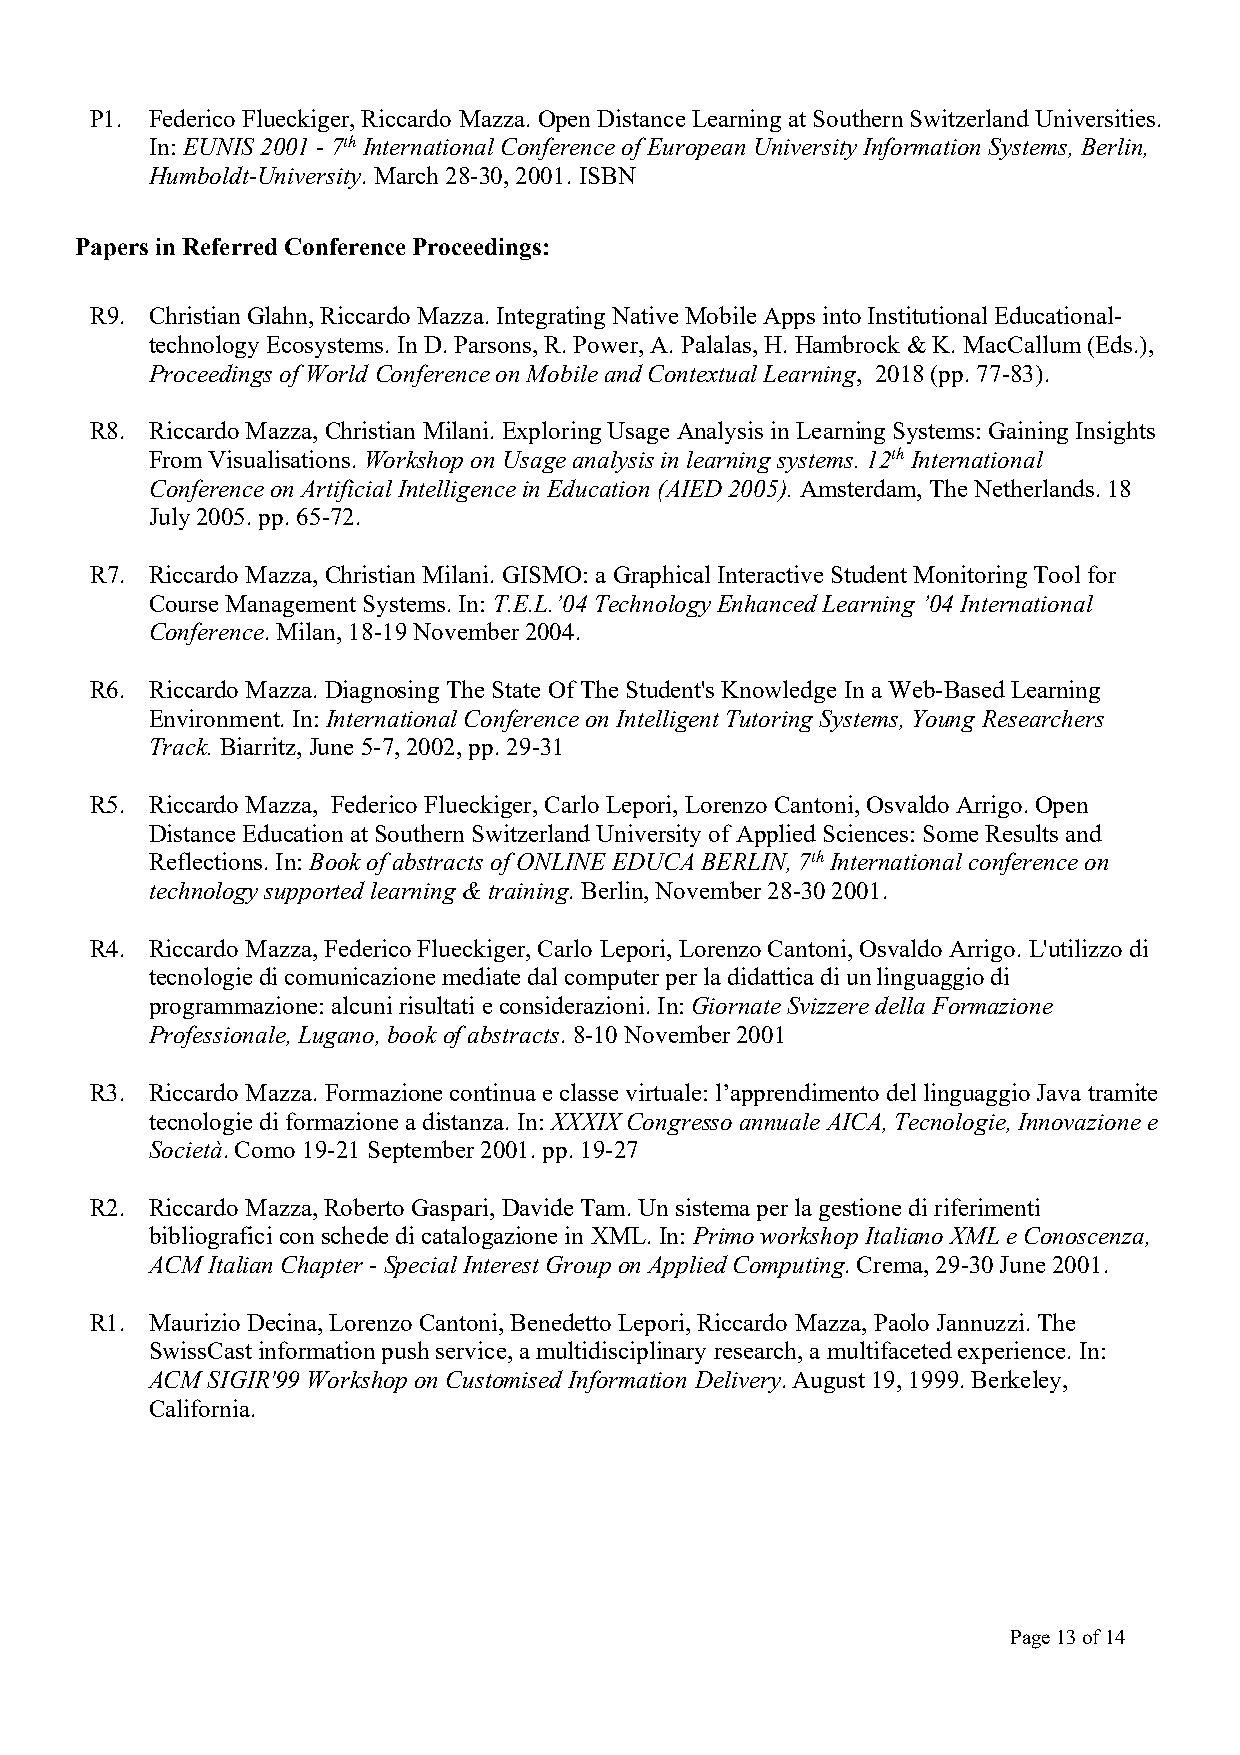
P1. Federico Flueckiger, Riccardo Mazza. Open Distance Learning at Southern Switzerland Universities.
 In: EUNIS 2001 - 7th International Conference of European University Information Systems, Berlin,
 Humboldt-University. March 28-30, 2001. ISBN
 Papers in Referred Conference Proceedings:
 R9. Christian Glahn, Riccardo Mazza. Integrating Native Mobile Apps into Institutional Educational-
 technology Ecosystems. In D. Parsons, R. Power, A. Palalas, H. Hambrock & K. MacCallum (Eds.),
 Proceedings of World Conference on Mobile and Contextual Learning, 2018 (pp. 77-83).
 R8. Riccardo Mazza, Christian Milani. Exploring Usage Analysis in Learning Systems: Gaining Insights
 From Visualisations. Workshop on Usage analysis in learning systems. 12th International
 Conference on Artificial Intelligence in Education (AIED 2005). Amsterdam, The Netherlands. 18
 July 2005. pp. 65-72.
 R7. Riccardo Mazza, Christian Milani. GISMO: a Graphical Interactive Student Monitoring Tool for
 Course Management Systems. In: T.E.L.’04 Technology Enhanced Learning ’04 International
 Conference. Milan, 18-19 November 2004.
 R6. Riccardo Mazza. Diagnosing The State Of The Student's Knowledge In a Web-Based Learning
 Environment. In: International Conference on Intelligent Tutoring Systems, Young Researchers
 Track. Biarritz, June 5-7, 2002, pp. 29-31
 R5. Riccardo Mazza, Federico Flueckiger, Carlo Lepori, Lorenzo Cantoni, Osvaldo Arrigo. Open
 Distance Education at Southern Switzerland University of Applied Sciences: Some Results and
 Reflections. In: Book of abstracts of ONLINE EDUCA BERLIN, 7th International conference on
 technology supported learning & training. Berlin, November 28-30 2001.
 R4. Riccardo Mazza, Federico Flueckiger, Carlo Lepori, Lorenzo Cantoni, Osvaldo Arrigo. L'utilizzo di
 tecnologie di comunicazione mediate dal computer per la didattica di un linguaggio di
 programmazione: alcuni risultati e considerazioni. In: Giornate Svizzere della Formazione
 Professionale, Lugano, book of abstracts. 8-10 November 2001
 R3. Riccardo Mazza. Formazione continua e classe virtuale: l’apprendimento del linguaggio Java tramite
 tecnologie di formazione a distanza. In: XXXIX Congresso annuale AICA, Tecnologie, Innovazione e
 Società. Como 19-21 September 2001. pp. 19-27
 R2. Riccardo Mazza, Roberto Gaspari, Davide Tam. Un sistema per la gestione di riferimenti
 bibliografici con schede di catalogazione in XML. In: Primo workshop Italiano XML e Conoscenza,
 ACM Italian Chapter - Special Interest Group on Applied Computing. Crema, 29-30 June 2001.
 R1. Maurizio Decina, Lorenzo Cantoni, Benedetto Lepori, Riccardo Mazza, Paolo Jannuzzi. The
 SwissCast information push service, a multidisciplinary research, a multifaceted experience. In:
 ACM SIGIR'99 Workshop on Customised Information Delivery. August 19, 1999. Berkeley,
 California.
 Page 13 of 14